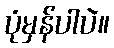
ပုံမှန်ပါပဲ။